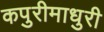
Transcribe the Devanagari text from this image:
कपुरीमाधुरी